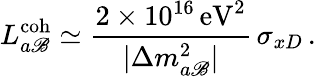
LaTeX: L_{a\mathscr{B}}^{\mathrm{{coh}}}\simeq\frac{{2\times10^{16}\, \mathrm{{eV}}^{2}}}{{|\Delta{m}_{a\mathscr{B}}^{2}|}}\, \sigma_{xD}\, .